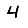
Digit: 4